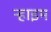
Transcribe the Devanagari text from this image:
ऱ्हाइम